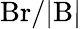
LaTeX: \mathrm{Br/|B|}